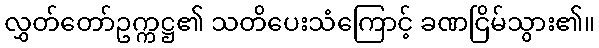
လွှတ်တော်ဥက္ကဋ္ဌ၏ သတိပေးသံကြောင့် ခဏငြိမ်သွား၏။